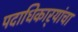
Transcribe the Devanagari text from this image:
पदाधिकार्‍यांचा